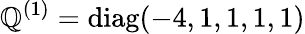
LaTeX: \mathbb{Q}^{(1)}=\mathrm{{diag}}(-4,1,1,1,1)